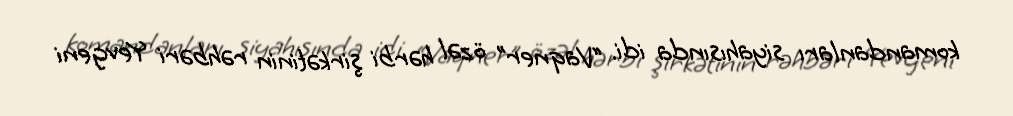
komandanları siyahısında idi. “Vaqner” özəl hərbi şirkətinin rəhbəri Yevgeni